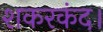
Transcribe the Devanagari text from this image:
शकरकंद।